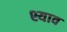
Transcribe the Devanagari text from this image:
श्याव